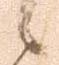
之